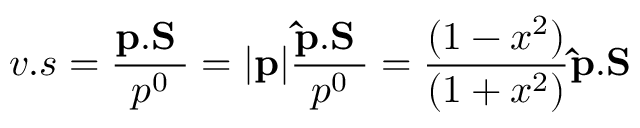
v . s = { \frac { \bf p . S _ { \Lambda } } { p ^ { 0 } } } = | { \bf p } | { \frac { \bf \hat { p } . S _ { \Lambda } } { p ^ { 0 } } } = { \frac { ( 1 - x ^ { 2 } ) } { ( 1 + x ^ { 2 } ) } } { \bf \hat { p } . S _ { \Lambda } }